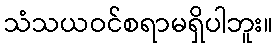
သံသယဝင်စရာမရှိပါဘူး။